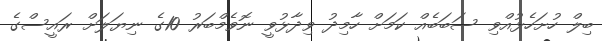
ބިލް ހުށަހެޅުއްވި ސަބަބެއް ކަމަށް ހާމިދު ވިދާޅުވީ ނޮވެމްބަރު 10ގެ ނިޔަލަށް ރައީސްގެ